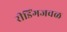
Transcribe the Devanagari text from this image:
रीडिंगजवळ